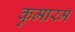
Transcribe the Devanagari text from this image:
कुमारम